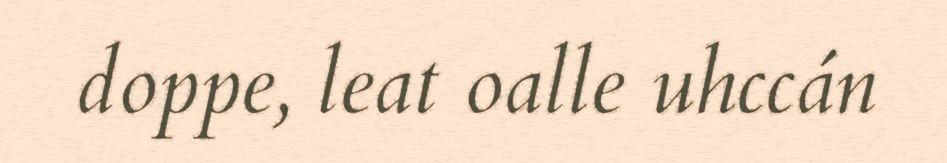
doppe, leat oalle uhccán